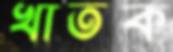
খাতক